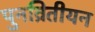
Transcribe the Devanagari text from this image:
पुनव्रितीयन